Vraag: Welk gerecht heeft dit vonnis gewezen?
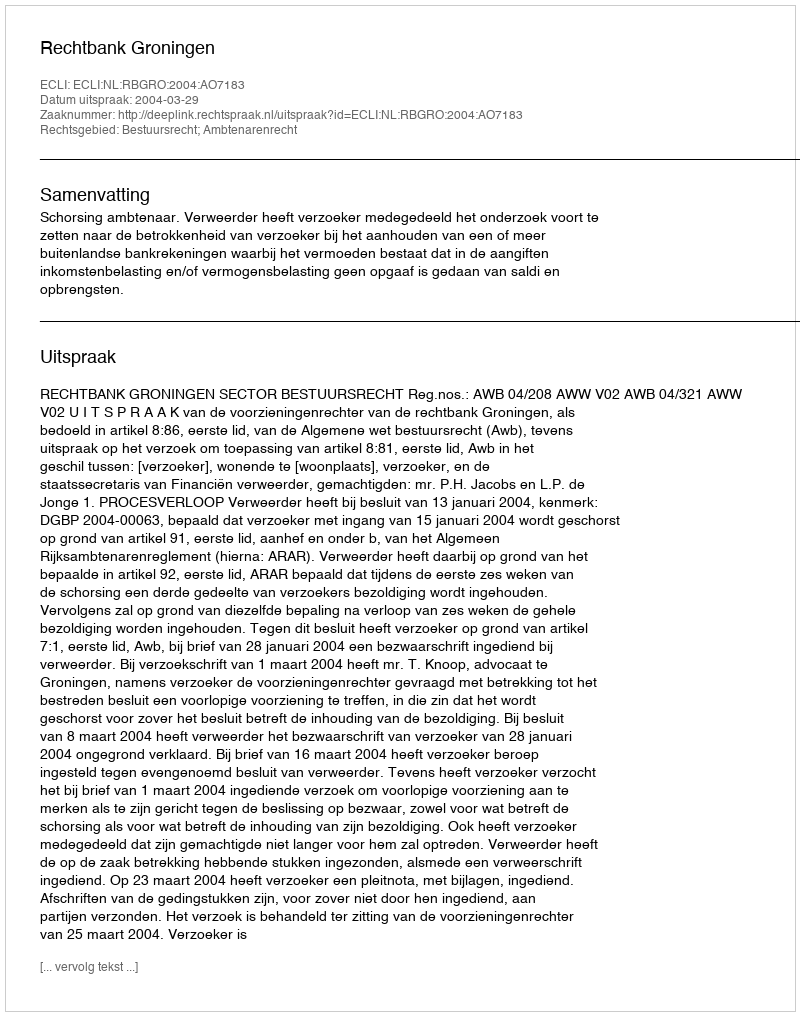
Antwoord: Rechtbank Groningen